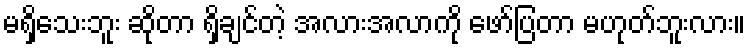
မရှိသေးဘူး ဆိုတာ ရှိချင်တဲ့ အလားအလာကို ဖော်ပြတာ မဟုတ်ဘူးလား။